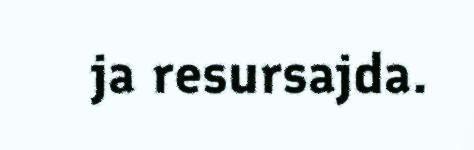
ja resursajda.